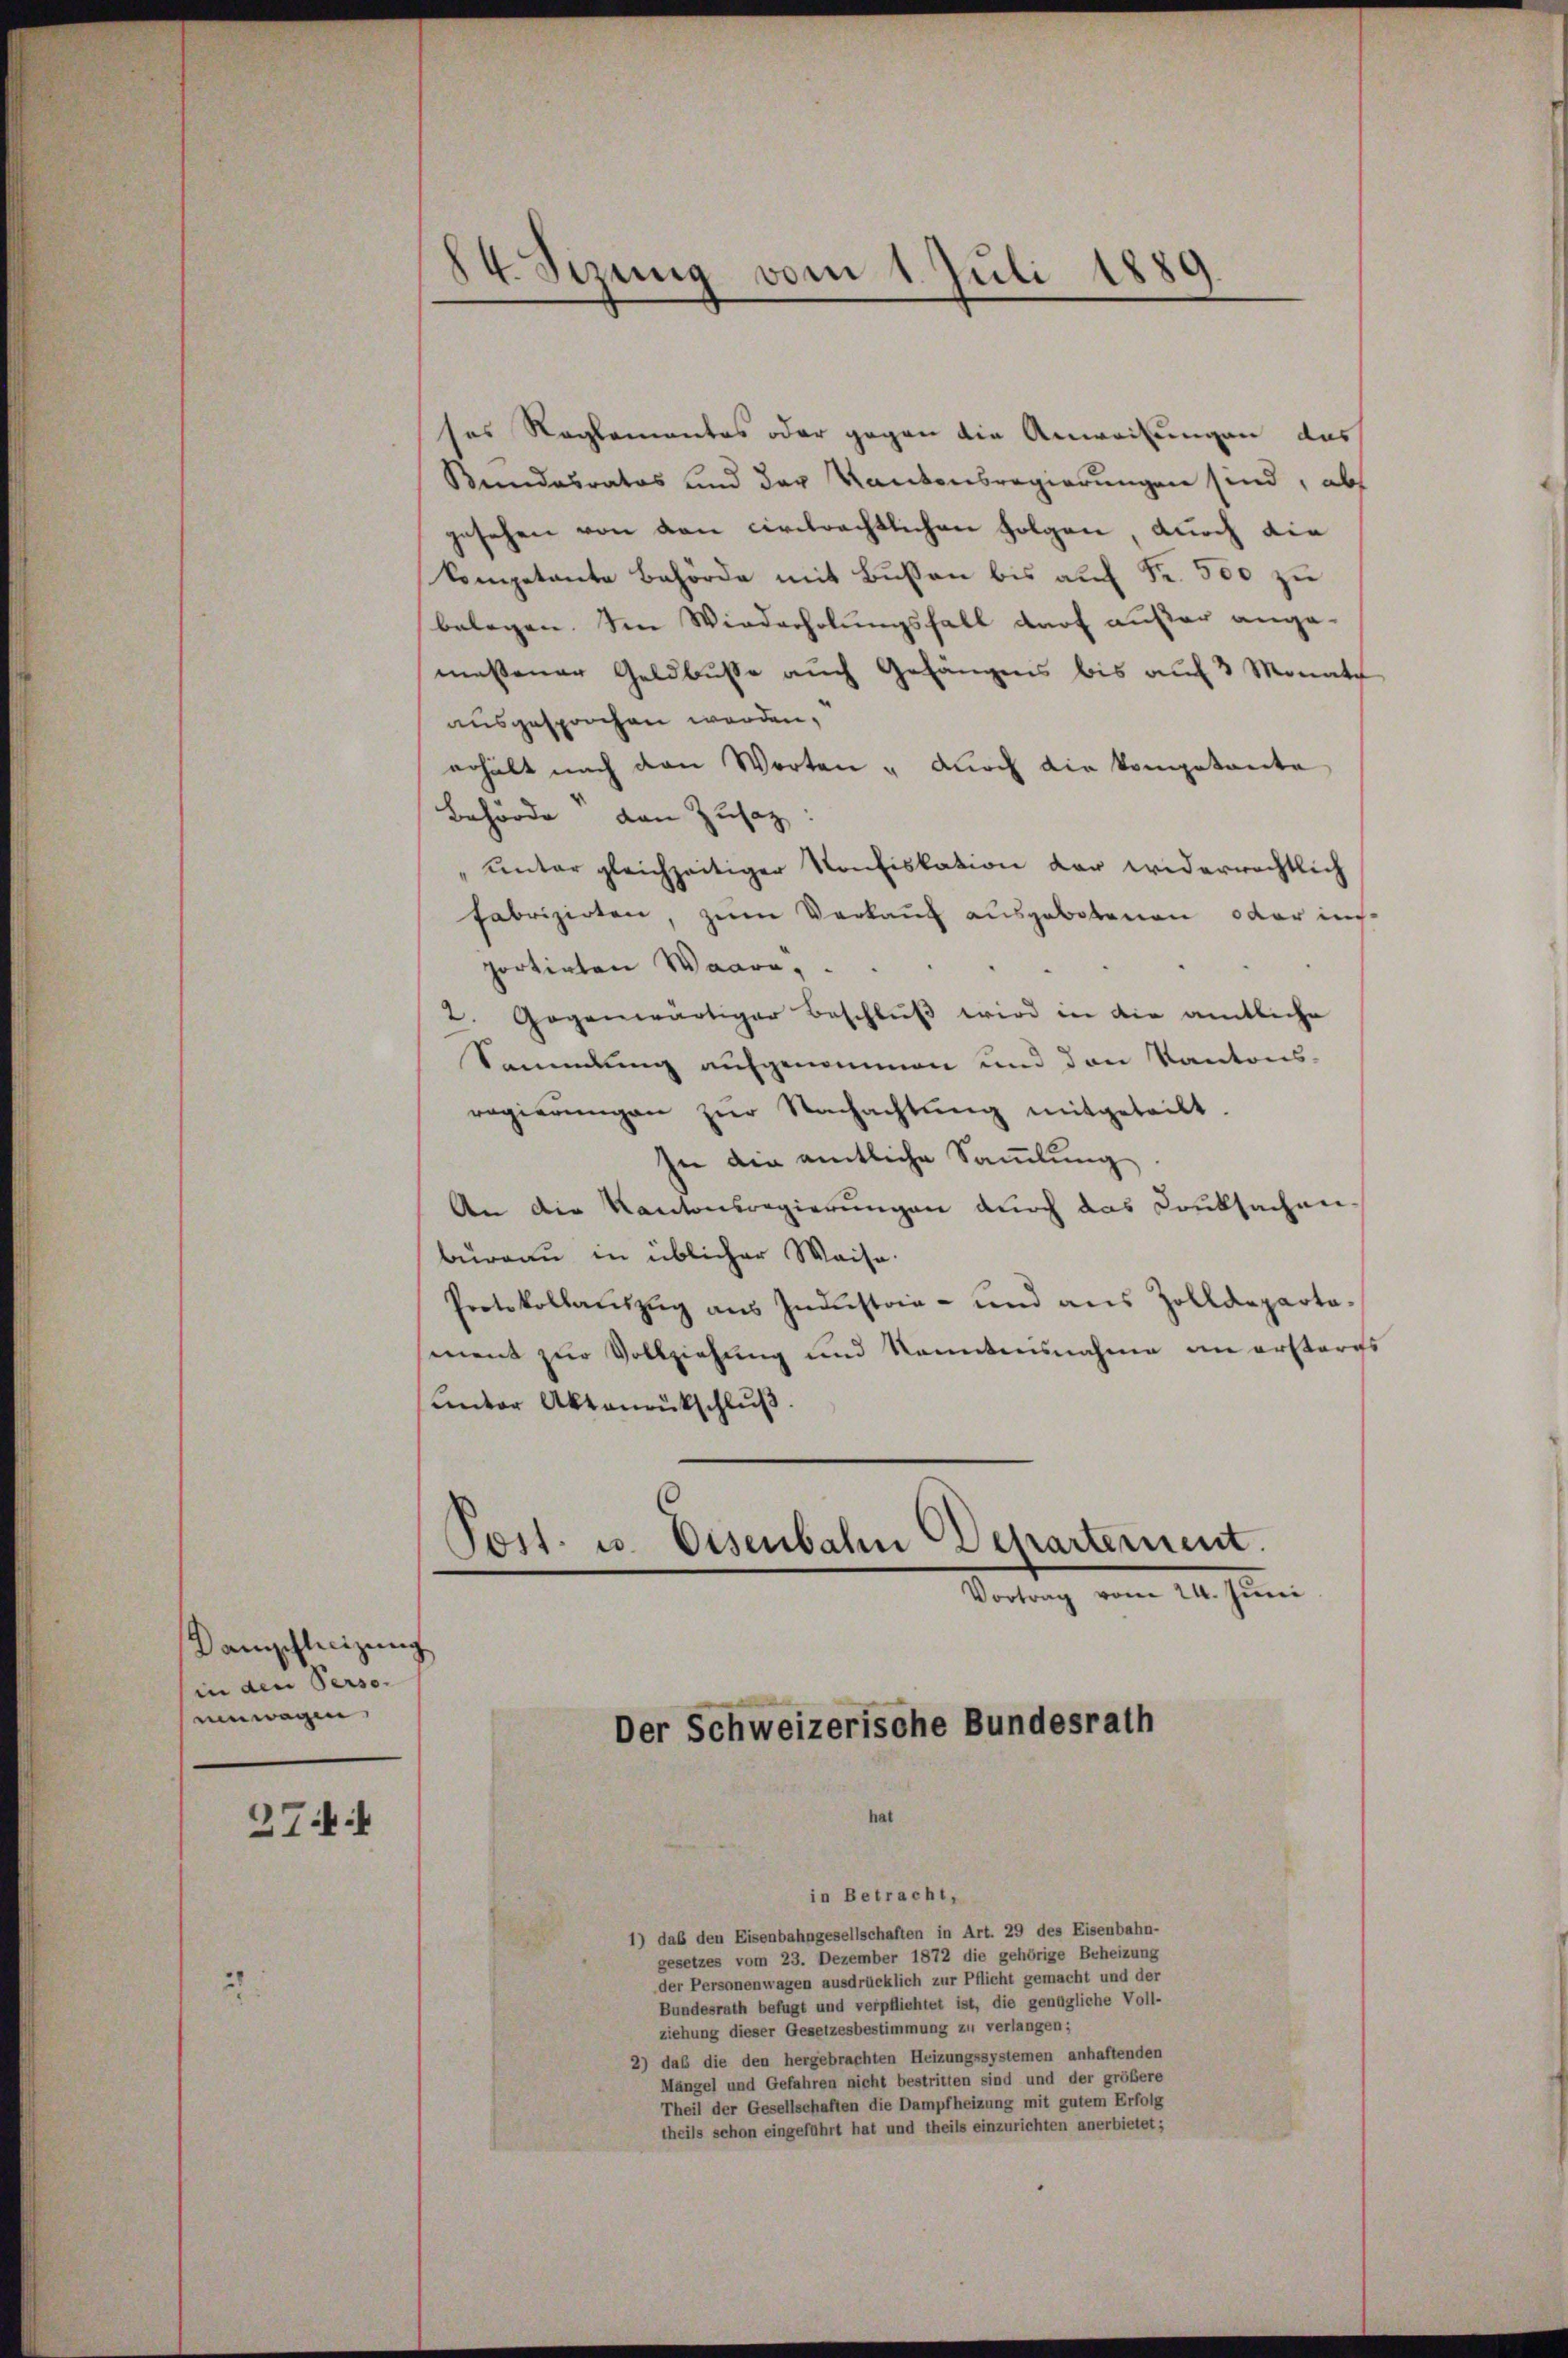
Damschleizung
in den Perso-
einwagen,

27.

84. Sizung vom 1. Juli 1889
9

ses Reglementes oder gegen die Anweisungen das
Bundesrates und der Kantonsregierungen sind, abs
gesehen von den circlrechtlichen Folgen, durch die
kompetente Behörde mit Bussen bis auf Fr. 500 zu
belegen. Im Wiederholungsfall darf außer angemeßener Geldbusse auch Gefängens bis auf 3 Monate
ausgesprochen werden,
erhält nach den Worten " durch die kompetente
Behörde den Zusatz
unter gleichzeitiger Konfiskation der widerrechtlich
fabrizirten, zum Verkauf ausgebotenen oder insportirten Waare,
2. Gegenwärtiger Beschlŭβ wird in die amtliche
Sammlung aufgenommen und den Kantons-
regierŭngen zŭr Nachachtŭng mitgeteilt.
In die amtliche Samlung
An die Kantonsregierungen durch das Konbsachen
bureau in üblicher Waise.
Protokollauszug aus Industria- und aus Zolldepartament zur Vollziehung und kanntensnahme an erstoris
unter Aktenrückschluß.
Tost. u. Eisenbahn Departement.
Vortrag vom 24. Juni
Der Schweizerische Bundesrath

hat

in Betracht,

1) daß den Eisenbahngesellschaften in Art. 29 des Eisenbahn-
gesetzes vom 23. Dezember 1872 die gehörige Beheizung
der Personenwagen ausdrücklich zur Pflicht gemacht und der
Bundesrath befügt und verpflichtet ist, die genügliche Voll-
ziehung dieser Gesetzesbestimmung zu verlangen;
2) das die den hergebrachten Heizungssystemen anhaftenden
Mängel und Gefahren nicht bestritten sind und der größere
Theil der Gesellschaften die Dampfheizung mit gutem Erfolg
theils schon eingeführt hat und theils einzurichten anerbietet;